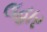
લહાર